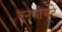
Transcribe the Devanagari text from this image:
एनवीयूटे